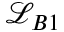
\mathcal { L } _ { B 1 }